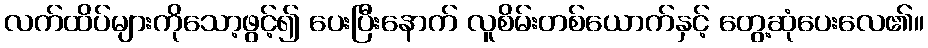
လက်ထိပ်များကိုသော့ဖွင့်၍ ပေးပြီးနောက် လူစိမ်းတစ်ယောက်နှင့် တွေ့ဆုံပေးလေ၏။